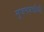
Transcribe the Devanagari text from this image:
सृजनशक्तीची